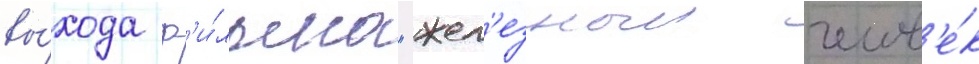
вы́хода ф'и́льма "жел'езныи челов'е́к